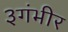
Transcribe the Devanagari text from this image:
३गंभीर